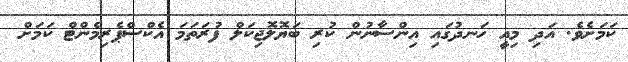
ކަމަށެވެ. އަދި މިއީ ހަނދުގައި އިންސާނުން ކުރި ބަޔޮލޮޖިކަލް ފުރަތަމަ އެކްސްޕެރިމެންޓް ކަމަށް